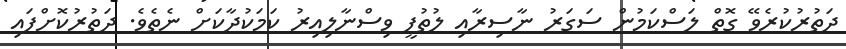
ދަތުރުކުރެވޭ ގޮތް ލަސްކަމުން ސަގަރު ނާސިރާއި ލުތުފީ ވިސްނާލިއިރު ކަމަކުދާކަށް ނެތެވެ. ދަތުރުކޮށްފައި